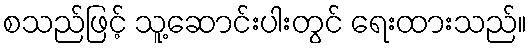
စသည်ဖြင့် သူ့ဆောင်းပါးတွင် ရေးထားသည်။